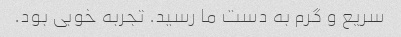
سریع و گرم به دست ما رسید. تجربه خوبی بود.